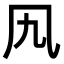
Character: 𠘪